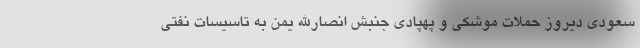
سعودی دیروز حملات موشکی و پهپادی جنبش انصارالله یمن به تاسیسات نفتی